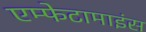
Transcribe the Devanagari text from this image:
एम्फेटामाइंस